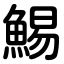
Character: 鯣